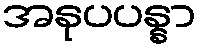
အနုပပန္နာ